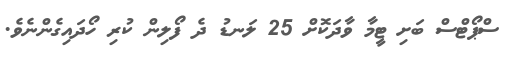
ސްޕޯޓްސް ބަށި ޓީމާ ވާދަކޮށް 25 ލަނޑު ދެ ފޯލިން ކުރި ހޯދައިގެންނެވެ.